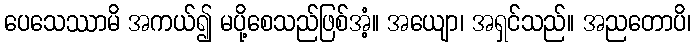
ပေသေဿာမိ အကယ်၍ မပို့စေသည်ဖြစ်အံ့။ အယျော၊ အရှင်သည်။ အညတောပိ၊